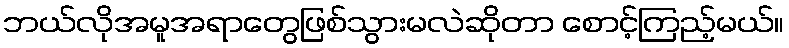
ဘယ်လိုအမူအရာတွေဖြစ်သွားမလဲဆိုတာ စောင့်ကြည့်မယ်။